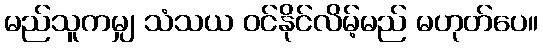
မည်သူကမျှ သံသယ ဝင်နိုင်လိမ့်မည် မဟုတ်ပေ။